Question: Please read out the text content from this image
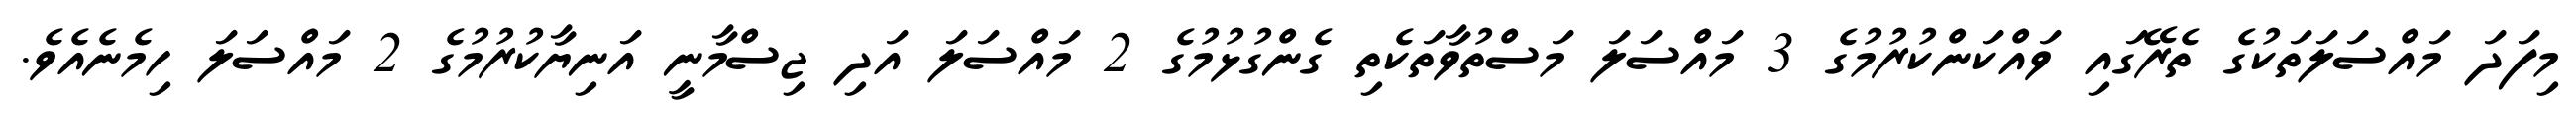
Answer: މިފަދަ މައްސަލަތަކުގެ ތެރޭގައި ވައްކަންކުރުމުގެ 3 މައްސަލަ މަސްތުވާތަކެތި ގެންގުޅުމުގެ 2 މައްސަލަ އަދި ޖިސްމާނީ އަނިޔާކުރުމުގެ 2 މައްސަލަ ހިމެނެއެވެ.